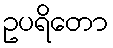
ဥပရိတော